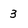
Character: 3